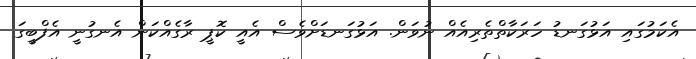
އެކަމުގައި އަޅުގަނޑު ހަރަކާތްތެރިއެއް ނުވަން. އަޅުގަނޑަށްވެސް އެއީ ކޮޕީ ރާގެއްކަން އެނގުނީ އެފްބީގަ